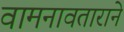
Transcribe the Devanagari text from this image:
वामनावताराने